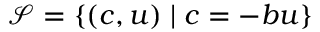
\mathcal { S } = \{ ( c , u ) \mid c = - b u \}